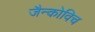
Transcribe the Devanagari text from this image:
जैन्कोविच